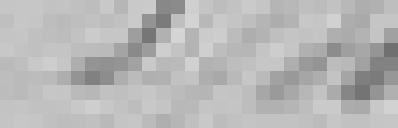
174